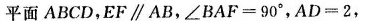
平面 ABCD,E\parallel AB,$$∠B A F = 90°$$,$$A D = 2$$,